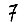
Digit: 7